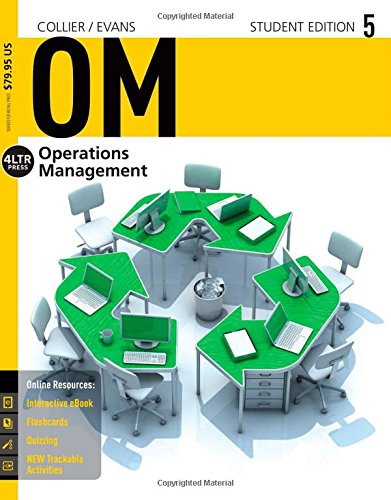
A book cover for OM 5 (with CourseMate, 1 term (6 months) Printed Access Card) (New, Engaging Titles from 4LTR Press); David Alan Collier; Business & Money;